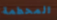
المحطمة